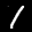
Label: 1